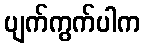
ပျက်ကွက်ပါက